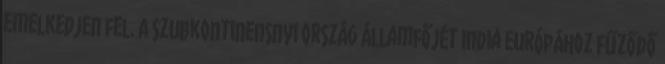
emelkedjen fel. A szubkontinensnyi ország államfőjét India Európához fűződő